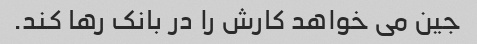
جین می خواهد کارش را در بانک رها کند.